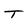
Character: T